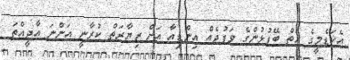
އެކަޑެމީގެ ހަތް ބޭފުޅުންގެ ވަފުދެއް އިންޑިއާ އަށް ޒިޔާރަތް ކުރާނީ އަންނަ އާދީއްތަ